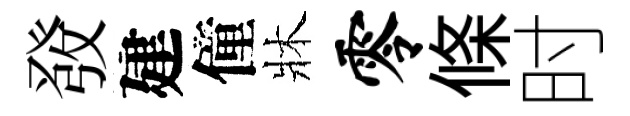
𤼲建僮牀零條时